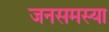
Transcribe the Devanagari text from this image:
जनसमस्या